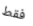
فقط